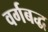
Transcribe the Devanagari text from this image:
वर्गबद्ध